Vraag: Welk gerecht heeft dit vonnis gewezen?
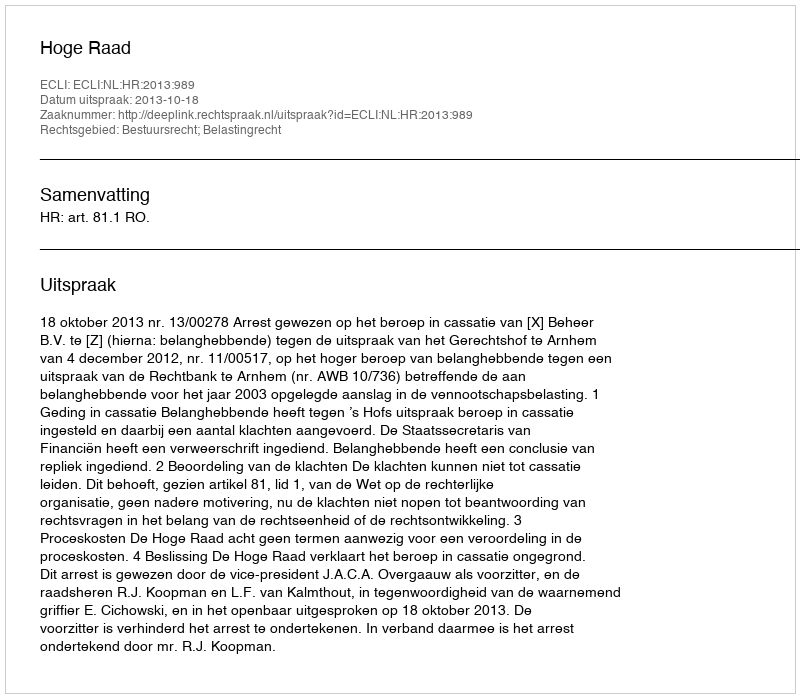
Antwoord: Hoge Raad